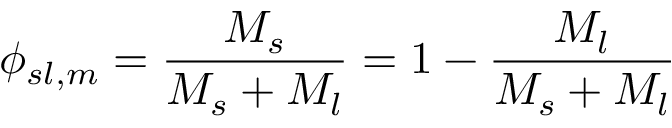
\phi _ { s l , m } = { \frac { M _ { s } } { M _ { s } + M _ { l } } } = 1 - { \frac { M _ { l } } { M _ { s } + M _ { l } } }